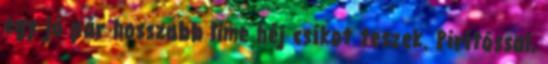
egy jó pár hosszabb lime héj csíkot teszek. Pirítóssal,